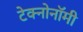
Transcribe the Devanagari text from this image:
टेक्नोनॉमी